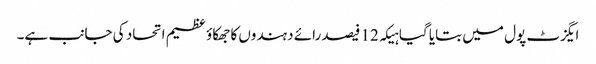
ایگزٹ پول میں بتایا گیا ہیکہ 12 فیصد رائے دہندوں کا جھکاؤ عظیم اتحاد کی جانب ہے۔